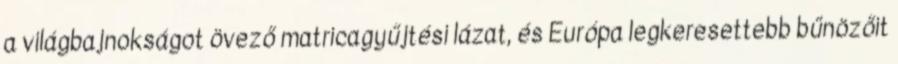
a világbajnokságot övező matricagyűjtési lázat, és Európa legkeresettebb bűnözőit